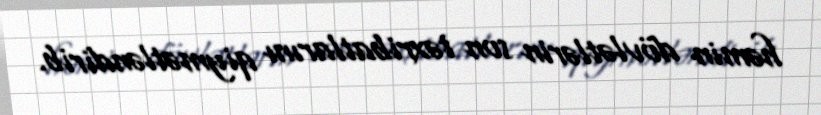
həmin dövlətlərin son təxribatlarını qiymətləndirib.